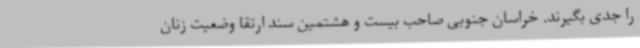
را جدی بگیرند. خراسان جنوبی صاحب بیست و هشتمین سند ارتقا وضعیت زنان